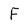
Character: F